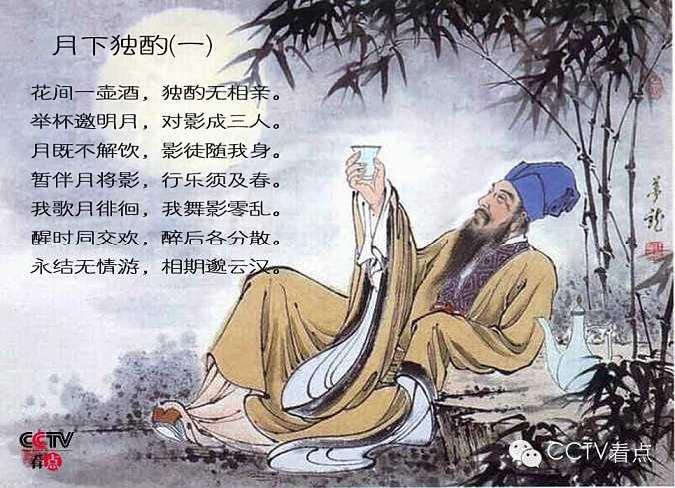
月既不解饮，影徒随我身。